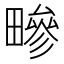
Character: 㽩